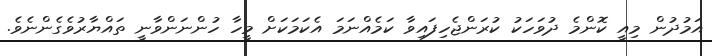
އަމުދުން މިއީ ކޮންމެ ދުވަހަކު ކުރަންޖެހިފައިވާ ކަމެއްނަމަ އެކަމަކަށް މީހާ ހުންނަންވާނީ ތައްޔާރުވެގެންނެވެ.